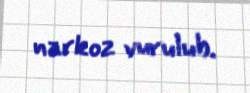
narkoz vurulub.